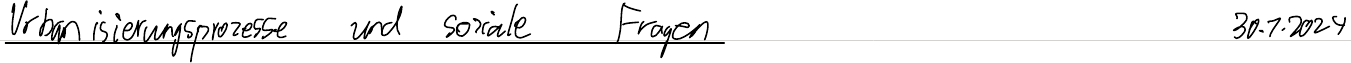
Urbanisierungsprozesse und soziale Fragen   30.1.2024